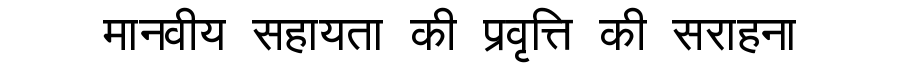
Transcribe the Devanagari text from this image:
मानवीय सहायता की प्रवृत्ति की सराहना